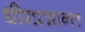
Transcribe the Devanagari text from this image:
धीरप्रशान्त